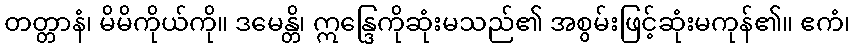
တတ္တာနံ၊ မိမိကိုယ်ကို။ ဒမေန္တိ၊ ဣန္ဒြေကိုဆုံးမသည်၏ အစွမ်းဖြင့်ဆုံးမကုန်၏။ ဧကံ၊